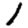
Digit: 1